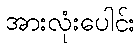
အားလုံးပေါင်း